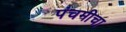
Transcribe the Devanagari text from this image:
पंचमीचा